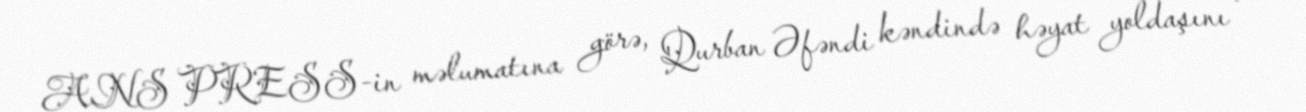
ANS PRESS-in məlumatına görə, Qurban Əfəndi kəndində həyat yoldaşını və